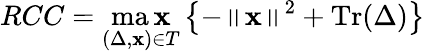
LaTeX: RCC=\operatorname*{ma\mathbf{x}}_{(\Delta,\mathbf{x})\in{T}}\left\{ -\left\| \mathbf{x}\right\| ^{2}+\operatorname{Tr}(\Delta)\right\}